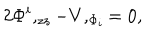
LaTeX: 2 \Phi ^ { i } , _ { z z } - V , _ { \Phi _ { i } } = 0 ,